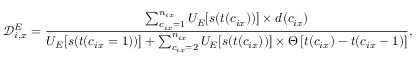
\mathcal { D } _ { i , x } ^ { E } = \frac { \sum _ { c _ { i x } = 1 } ^ { n _ { i x } } U _ { E } [ s ( t ( c _ { i x } ) ) ] \times d ( c _ { i x } ) } { U _ { E } [ s ( t ( c _ { i x } = 1 ) ) ] + \sum _ { c _ { i x } = 2 } ^ { n _ { i x } } U _ { E } [ s ( t ( c _ { i x } ) ) ] \times \Theta \left[ t ( c _ { i x } ) - t ( c _ { i x } - 1 ) \right] } ,